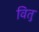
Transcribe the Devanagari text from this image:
वितु